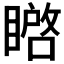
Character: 𭿚